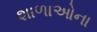
શાળાઓના